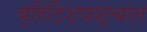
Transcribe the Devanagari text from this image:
ब्रिटिशपश्चात